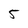
Character: 5